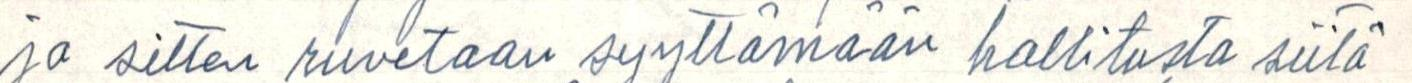
ja sitten ruvetaan syyttämään hallitusta siitä